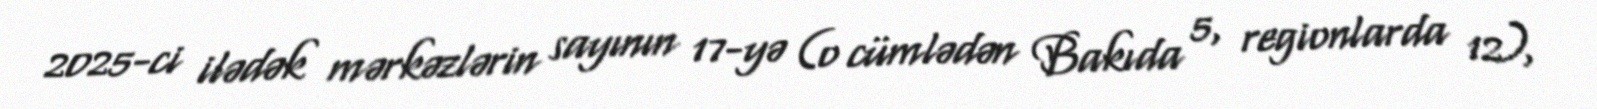
2025-ci ilədək mərkəzlərin sayının 17-yə (o cümlədən Bakıda 5, regionlarda 12),